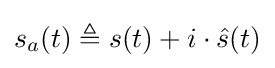
s_{a}(t)\triangleq s(t)+i\cdot {\hat {s}}(t)